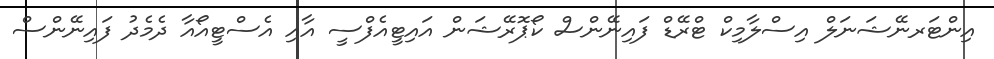
އިންޓަރނޭޝަނަލް އިސްލާމިކް ޓްރޭޑް ފައިނޭންސް ކޯޕޮރޭޝަން އައިޓީއެފްސީ އާއި އެސްޓީއޯއާ ދެމެދު ފައިނޭންސް